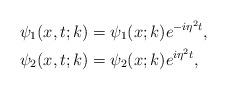
LaTeX: \begin{align*}&\psi_1(x,t;k)=\psi_1(x;k) e^{-i \eta^2 t},\\&\psi_2(x,t;k)=\psi_2(x;k) e^{i \eta^2 t},\end{align*}